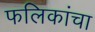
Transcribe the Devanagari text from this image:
फलिकांचा